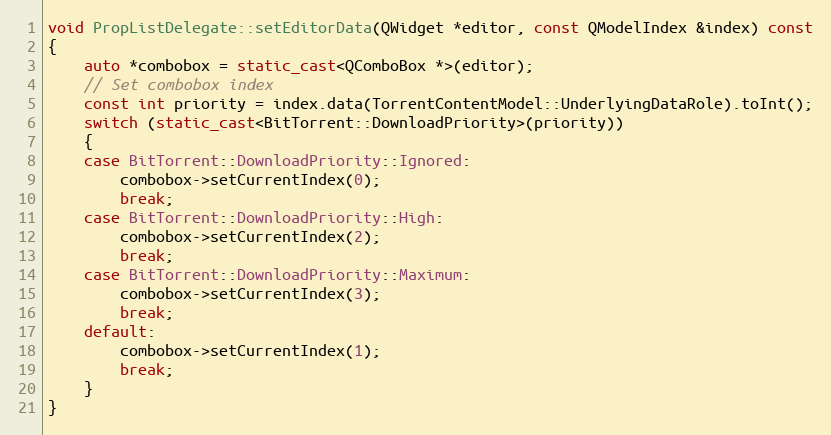
Language: C++
void PropListDelegate::setEditorData(QWidget *editor, const QModelIndex &index) const
{
    auto *combobox = static_cast<QComboBox *>(editor);
    // Set combobox index
    const int priority = index.data(TorrentContentModel::UnderlyingDataRole).toInt();
    switch (static_cast<BitTorrent::DownloadPriority>(priority))
    {
    case BitTorrent::DownloadPriority::Ignored:
        combobox->setCurrentIndex(0);
        break;
    case BitTorrent::DownloadPriority::High:
        combobox->setCurrentIndex(2);
        break;
    case BitTorrent::DownloadPriority::Maximum:
        combobox->setCurrentIndex(3);
        break;
    default:
        combobox->setCurrentIndex(1);
        break;
    }
}